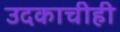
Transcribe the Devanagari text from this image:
उदकाचीही